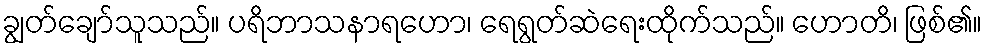
ချွတ်ချော်သူသည်။ ပရိဘာသနာရဟော၊ ရေရွတ်ဆဲရေးထိုက်သည်။ ဟောတိ၊ ဖြစ်၏။